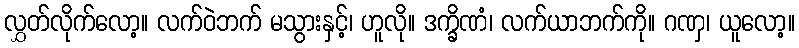
လွှတ်လိုက်လော့။ လက်ဝဲဘက် မသွားနှင့်၊ ဟူလို။ ဒက္ခိဏံ၊ လက်ယာဘက်ကို။ ဂဏှ၊ ယူလော့။